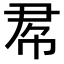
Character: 𢂫